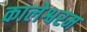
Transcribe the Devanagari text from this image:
कालेश्वरम